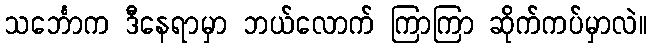
သင်္ဘောက ဒီနေရာမှာ ဘယ်လောက် ကြာကြာ ဆိုက်ကပ်မှာလဲ။